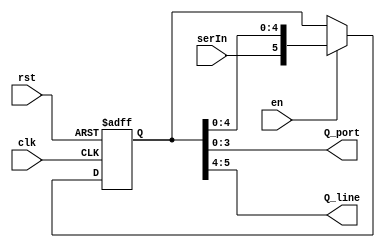
`timescale 1ns/1ns
module SReg6(input en, input serIn, input clk, input rst, output [3:0] Q_port , output [1:0] Q_line);
  reg [5:0] Q;
  always @ (negedge clk, posedge rst) begin
    #145;
    if (rst) Q <= 5'b00000;
    else
      if (en) Q <= {serIn, Q[4:0]};
  end
  
  assign Q_port = Q[3:0];
  assign Q_line = Q[5:4];
  
endmodule